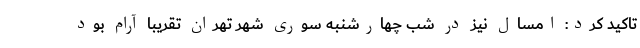
تاکید کرد: امسال نیز در شب چهارشنبه سوری شهر تهران تقریبا آرام بود